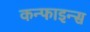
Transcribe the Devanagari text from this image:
कन्फाइन्स